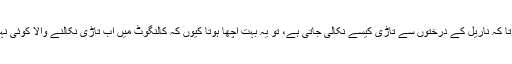
اگر مجھے یہ معلوم ہوتا کہ ناریل کے درختوں سے تاڑی کیسے نکالی جاتی ہے، تو یہ بہت اچھا ہوتا کیوں کہ کالنگوٹ میں اب تاڑی نکالنے والا کوئی نہیں ہے،‘‘ وہ کہتے ہیں۔